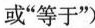
或”等于”)